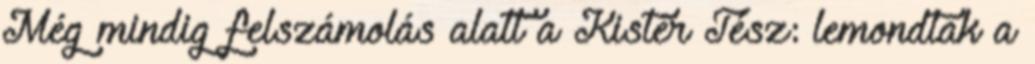
Még mindig felszámolás alatt a Kistér Tész: lemondtak a